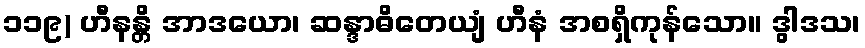
၁၁၉) ဟီနန္တိ အာဒယော၊ ဆန္ဒာဓိတေယျံ ဟီနံ အစရှိကုန်သော။ ဒွါဒသ၊